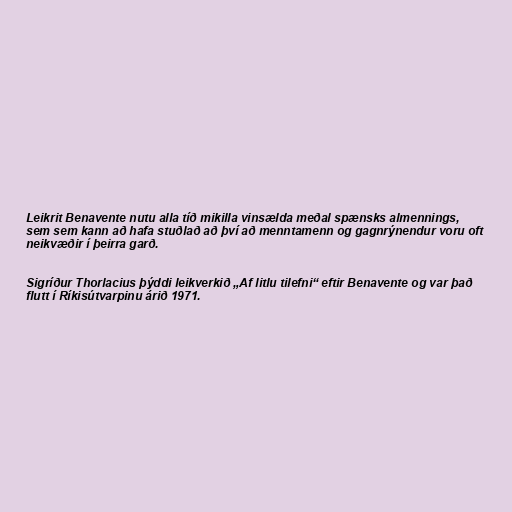
Leikrit Benavente nutu alla tíð mikilla vinsælda meðal spænsks almennings,
sem sem kann að hafa stuðlað að því að menntamenn og gagnrýnendur voru oft
neikvæðir í þeirra garð.

Sigríður Thorlacius þýddi leikverkið „Af litlu tilefni“ eftir Benavente og var það
flutt í Ríkisútvarpinu árið 1971.